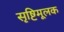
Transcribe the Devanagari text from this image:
सृष्टिमूलक